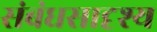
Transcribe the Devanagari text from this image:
संबंधसादृश्य